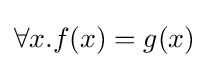
\forall x.f(x)=g(x)